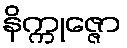
နိက္ကုဇ္ဇော